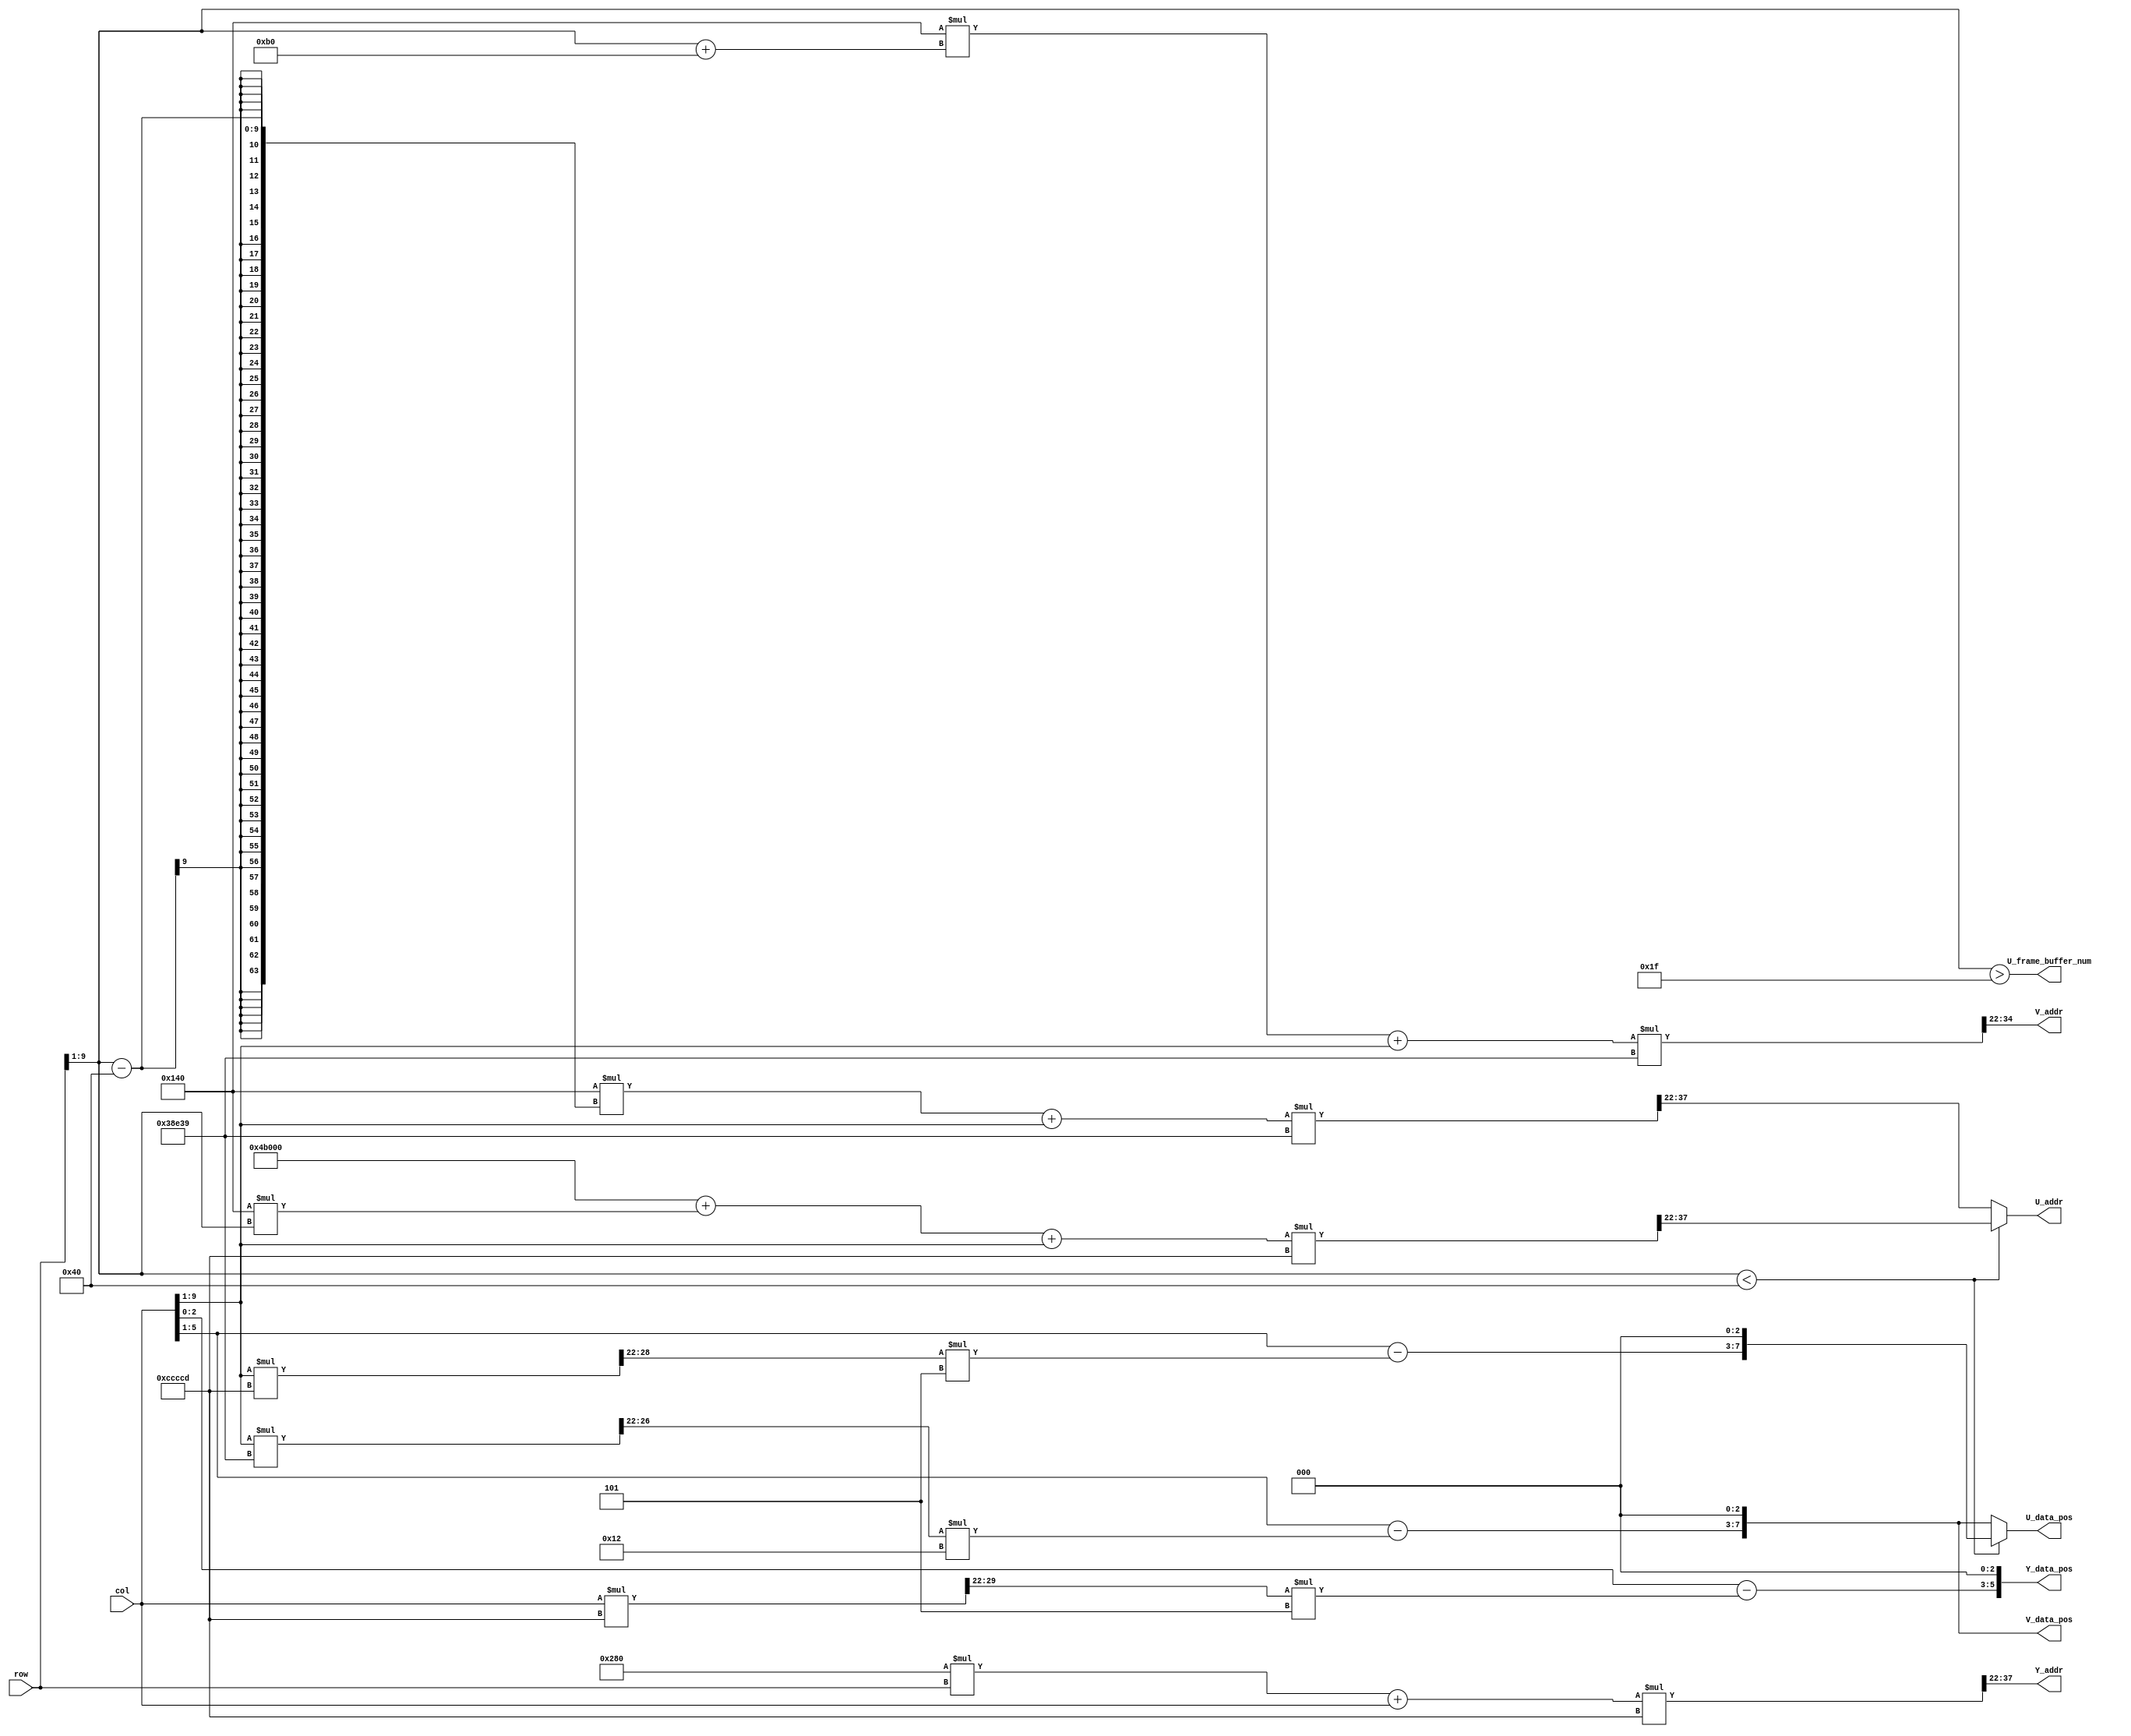
module XY2ADDRESS (	input [9:0] row, col, 
			output U_frame_buffer_num,
			output reg [15:0] Y_addr,
			output reg [5:0]  Y_data_pos,
			output reg [15:0] U_addr,
			output reg [7:0]  U_data_pos,
			output reg [12:0] V_addr,
			output reg [7:0]  V_data_pos);
   
   /*
    U_frame_buffer_num is the frame_buffer that the pixel's U value is in, Y is strictly in buffer 1
    and V is strictly in buffer 2
    */		
   wire [9:0] 				  hrow, hcol;
   
   assign hrow = row >> 1;
   assign hcol = col >> 1;
   
   assign U_frame_buffer_num = hrow > 10'd31;
   
   /*
    Data position is assigned the position in the data array in memory that is the start
    of that pixels data (each pixel has 8 bits)
    */
   
   always @(row, col) begin
      Y_addr = ((16'd640*row + col)*64'd838861) >> 22;
      Y_data_pos = (col - ((col*64'd838861) >> 22)*32'd5) << 3;
      if (hrow < 10'd64) begin
	 U_addr = (((32'd480*32'd640 + 32'd320*hrow + hcol)*64'd838861) >> 22);
	 U_data_pos = (hcol - ((hcol*64'd838861) >> 22)*32'd5) << 3;
      end else begin
	 U_addr = ((32'd320*(hrow - 32'd64) + hcol)*64'd233017) >> 22;
	 U_data_pos = (hcol - ((hcol*64'd233017) >> 22)*32'd18) << 3;
      end
      V_addr = ((32'd320*(hrow + 32'd176) + hcol)*64'd233017) >> 22;
      V_data_pos = (hcol - ((hcol*64'd233017) >> 22)*32'd18) << 3;
   end
endmodule